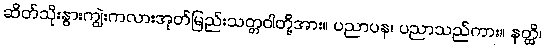
ဆိတ်သိုးနွားကျွဲးကလားအုတ်မြည်းသတ္တဝါတို့အား။ ပညာပန၊ ပညာသည်ကား။ နတ္ထိ၊